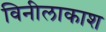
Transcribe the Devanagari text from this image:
विनीलाकाश